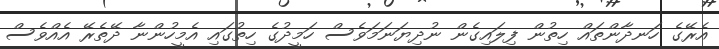
އެރޭގެ ހަނދާންތައް ހިތުން ފިލައިގެން ނުދިޔަނަމަވެސް ހަމީދުގެ ހިތުގައި އެމީހުންނާ ދޭތެރޭ އެއްވެސް